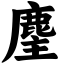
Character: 麈